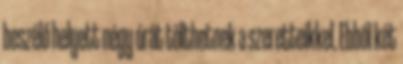
beszélő helyett négy órát tölthetnek a szeretteikkel. Ebből két